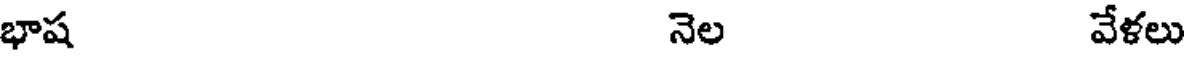
భాష నెల వేళలు